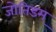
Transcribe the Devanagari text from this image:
जोतिडम्